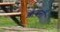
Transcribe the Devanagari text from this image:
छाबनी